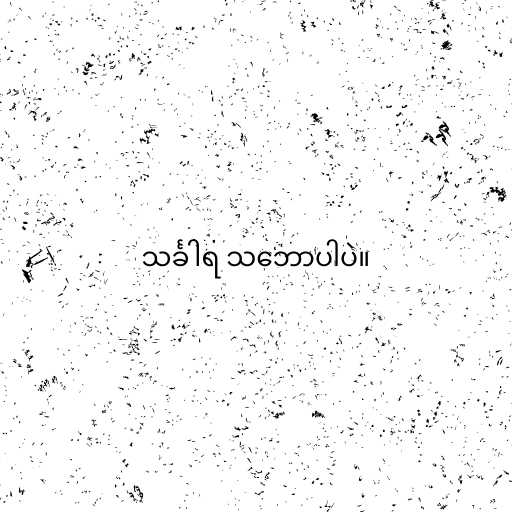
သင်္ခါရ သ‌ဘောပါပဲ။